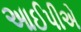
આઈપીએ